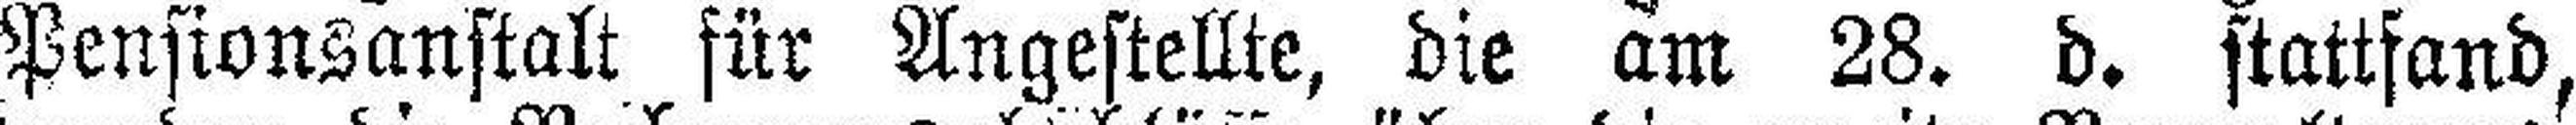
Pensionsanstalt für Angestellte, die am 28. d. stattfand,